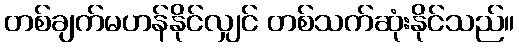
တစ်ချက်မဟန်နိုင်လျှင် တစ်သက်ဆုံးနိုင်သည်။